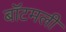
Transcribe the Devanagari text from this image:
बॉटमली